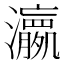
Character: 𱪊